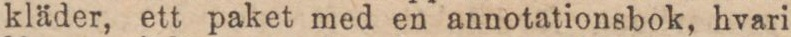
kläder, ett paket med en annotationsbok, hvari